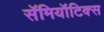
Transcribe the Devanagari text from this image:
सॅमियॉटिक्स